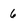
Character: 6